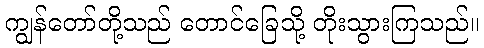
ကျွန်တော်တို့သည် တောင်ခြေသို့ တိုးသွားကြသည်။